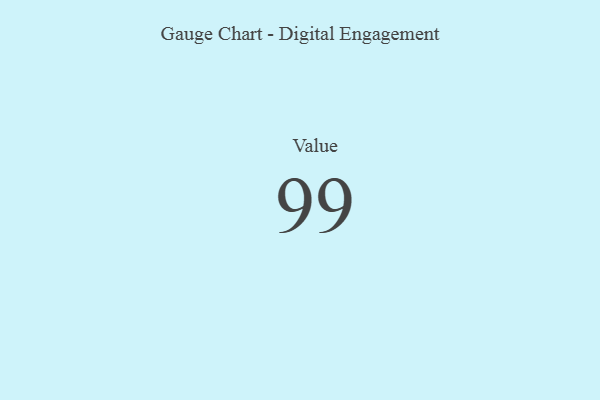
{"axis": {"x": "Metric", "y": "Value"}, "legend": [""], "data": [{"x": "Value", "y": 99, "type": ""}]}